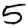
Digit: 5